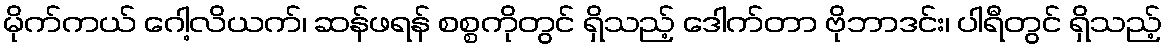
မိုက်ကယ် ဂေါ့လိယက်၊ ဆန်ဖရန် စစ္စကိုတွင် ရှိသည့် ဒေါက်တာ ဗိုဘာဒင်း၊ ပါရီတွင် ရှိသည့်